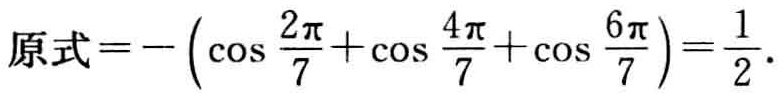
\(原式=-\left(\cos \frac{2\pi}{7}+\cos \frac{4\pi}{7}+\cos \frac{6\pi}{7}\right)=\frac{1}{2}.\)